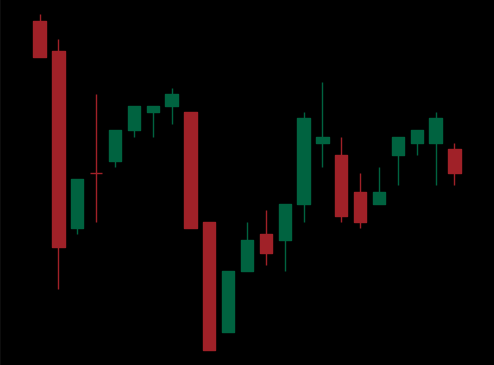
Pattern: inverse_head_shoulders